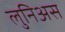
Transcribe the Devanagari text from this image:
लुनिअस